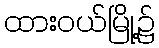
ထားဝယ်မြို့၌